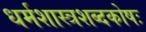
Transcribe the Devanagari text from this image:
धर्मशास्त्रशब्दकोषः